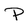
Character: P